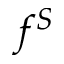
f ^ { S }